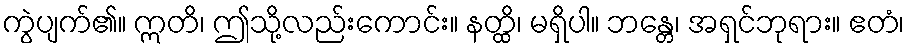
ကွဲပျက်၏။ ဣတိ၊ ဤသို့လည်းကောင်း။ နတ္ထိ၊ မရှိပါ။ ဘန္တေ၊ အရှင်ဘုရား။ ဧတံ၊